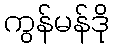
ကွန်မန်ဒို